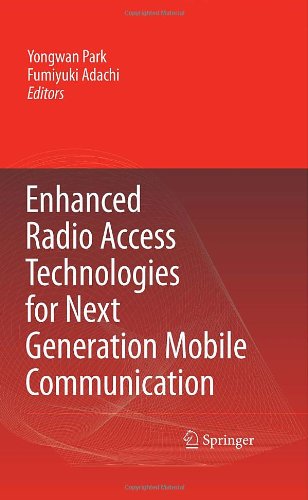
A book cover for Enhanced Radio Access Technologies for Next Generation Mobile Communication; Computers & Technology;